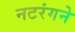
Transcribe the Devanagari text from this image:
नटरंगने